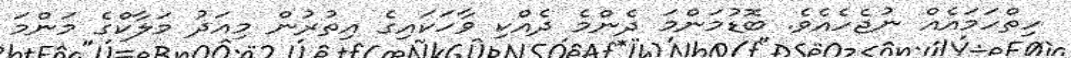
ހިތްހަމައެއް ނުޖެހެއެވެ. ބޮޑުމަންމަ ދެންމެ ދެއްކި ވާހަކައިގެ އިތުރުން މިއަދު މަލާކްގެ މަންމަ